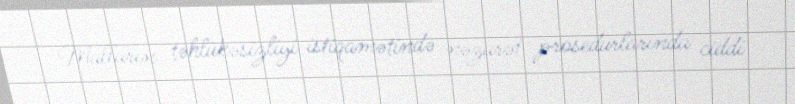
Malların təhlükəsizliyi istiqamətində nəzarət prosedurlarında ciddi